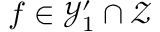
f \in \mathcal { Y } _ { 1 } ^ { \prime } \cap \mathcal { Z }